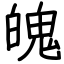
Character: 魄